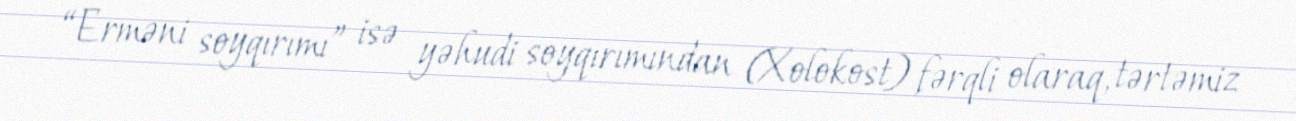
“Erməni soyqırımı” isə yəhudi soyqırımından (Xolokost) fərqli olaraq, tərtəmiz